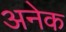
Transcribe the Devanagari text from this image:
अनेेक